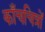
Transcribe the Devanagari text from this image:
काँचचित्रों